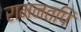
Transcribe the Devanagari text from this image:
रामनतपि